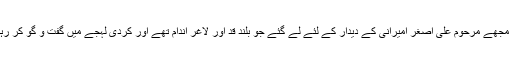
عسکری مجھے مرحوم علی اصغر امیرانی کے دیدار کے لئے لے گئے جو بلند قد اور لاغر اندام تھے اور کردی لہجے میں گفت و گو کر رہے تھے۔